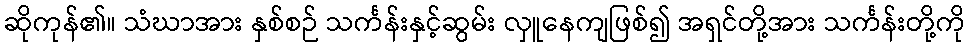
ဆိုကုန်၏။ သံဃာအား နှစ်စဉ် သင်္ကန်းနှင့်ဆွမ်း လှူနေကျဖြစ်၍ အရှင်တို့အား သင်္ကန်းတို့ကို